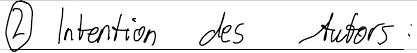
(2) Intention des Autors: